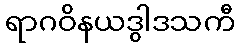
ရာဂဝိနယဒွါဒသကီ